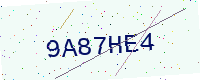
Text: 9A87HE4